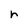
Character: r